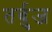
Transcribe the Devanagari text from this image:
तर्बुज